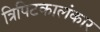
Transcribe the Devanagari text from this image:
त्रिपिटकालंकार